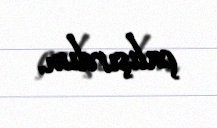
çalışırdım.